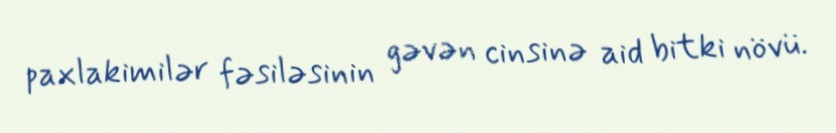
paxlakimilər fəsiləsinin gəvən cinsinə aid bitki növü.